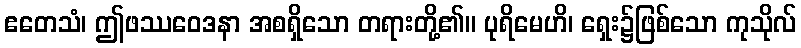
ဧတေသံ၊ ဤဖဿဝေဒနာ အစရှိသော တရားတို့၏။ ပုရိမေဟိ၊ ရှေး၌ဖြစ်သော ကုသိုလ်